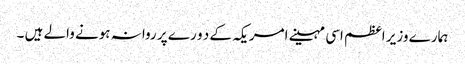
ہمارے وزیر اعظم اسی مہینے امریکہ کے د و ر ے پر روانہ ہونے والے ہیں ۔